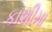
કાશીમા